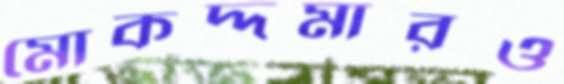
মোকদ্দমারও